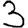
Digit: 3